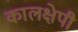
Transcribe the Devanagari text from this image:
कालक्षेपी